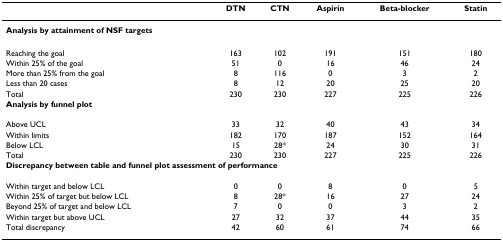
|  | DTN | CTN | Aspirin | Beta-blocker | Statin |
 | --- | --- | --- | --- | --- | --- |
 | <COLSPAN=6> Analysis by attainment of NSF targets |
 | Reaching the goal | 163 | 102 | 191 | 151 | 180 |
 | Within 25% of the goal | 51 | 0 | 16 | 46 | 24 |
 | More than 25% from the goal | 8 | 116 | 0 | 3 | 2 |
 | Less than 20 cases | 8 | 12 | 20 | 25 | 20 |
 | Total | 230 | 230 | 227 | 225 | 226 |
 | <COLSPAN=6> Analysis by funnel plot |
 | Above UCL | 33 | 32 | 40 | 43 | 34 |
 | Within limits | 182 | 170 | 187 | 152 | 164 |
 | Below LCL | 15 | 28* | 24 | 30 | 31 |
 | Total | 230 | 230 | 227 | 225 | 226 |
 | <COLSPAN=6> Discrepancy between table and funnel plot assessment of performance |
 | Within target and below LCL | 0 | 0 | 8 | 0 | 5 |
 | Within 25% of target but below LCL | 8 | 28* | 16 | 27 | 24 |
 | Beyond 25% of target and below LCL | 7 | 0 | 0 | 3 | 2 |
 | Within target but above UCL | 27 | 32 | 37 | 44 | 35 |
 | Total discrepancy | 42 | 60 | 61 | 74 | 66 |